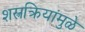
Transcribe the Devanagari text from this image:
शस्त्रक्रियांमुळे